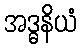
အဒ္ဓနိယံ